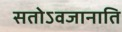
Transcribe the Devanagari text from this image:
सतोऽवजानाति